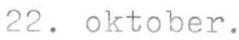
22. oktober.